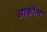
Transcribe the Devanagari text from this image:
आर्कोल